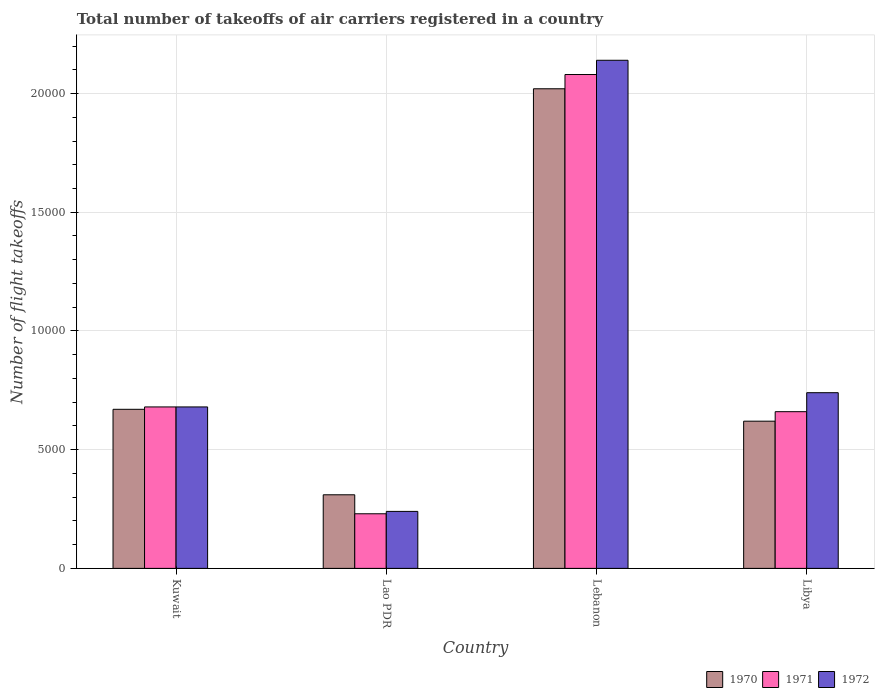
| Country | 1970 | 1971 | 1972 |
 | --- | --- | --- | --- |
 | Kuwait | 6.7e+03 | 6.8e+03 | 6.8e+03 |
 | Lao PDR | 3.1e+03 | 2.3e+03 | 2.4e+03 |
 | Lebanon | 2.02e+04 | 2.08e+04 | 2.14e+04 |
 | Libya | 6.2e+03 | 6.6e+03 | 7.4e+03 |